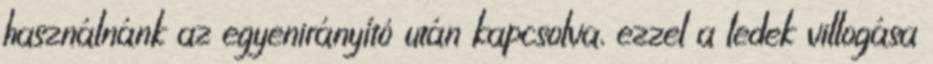
használnánk az egyenirányító után kapcsolva, ezzel a ledek villogása